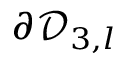
\partial \mathcal { D } _ { 3 , l }